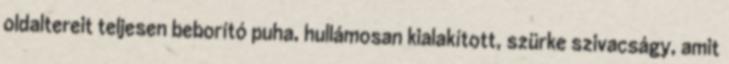
oldaltereit teljesen beborító puha, hullámosan kialakított, szürke szivacságy, amit